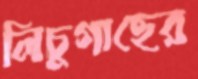
লিচুগাছের